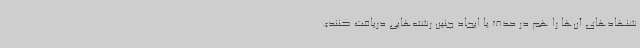
شنهادهای آن‌ها را هم در حذف یا ایجاد چنین رشته‌هایی دریافت کنند».